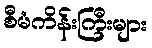
စီမံကိန်းကြီးများ